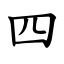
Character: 四